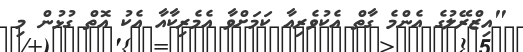
"އިޒްރޭލުގެ އެންމެ ގާތް އެކުވެރިއާ ކަމަށްވާ އެމެރިކާއާ އެކު އޮތް ގުޅުން މި